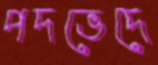
পদভেদে